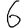
Digit: 6